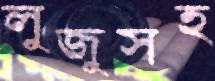
লুজুসহ